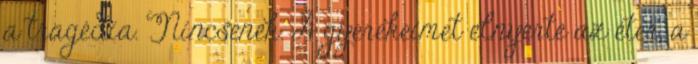
a tragédia. Nincsenek. A gyerekeimet elnyerte az éter, a